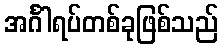
အင်္ဂါရပ်တစ်ခုဖြစ်သည်